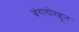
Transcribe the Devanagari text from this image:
बंगलोरहून